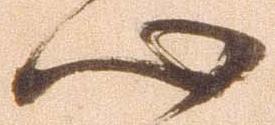
心